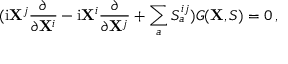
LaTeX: ( \mathrm { i } { \bf X } ^ { j } \frac { \partial } { \partial { \bf X } ^ { i } } - \mathrm { i } { \bf X } ^ { i } \frac { \partial } { \partial { \bf X } ^ { j } } + \sum _ { a } S _ { a } ^ { i j } ) G ( { \bf X } , S ) = 0 \, ,